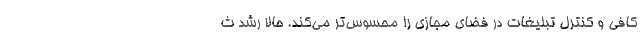
کافی و کنترل تبلیغات در فضای مجازی را محسوس‌تر می‌کند. حالا رشد ث